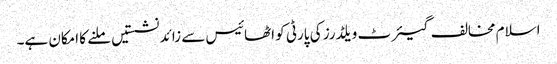
اسلام مخالف گیئرٹ ویلڈرز کی پارٹی کو اٹھائیس سے زائد نشستیں ملنے کا امکان ہے۔